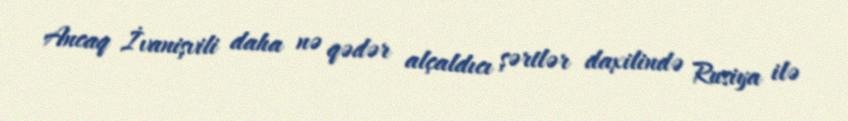
Ancaq İvanişvili daha nə qədər alçaldıcı şərtlər daxilində Rusiya ilə